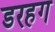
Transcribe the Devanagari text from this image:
डरहग